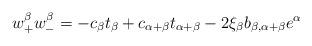
LaTeX: \begin{align*}w^\beta_+ w^\beta_- = -c_\beta t_\beta + c_{\alpha+\beta} t_{\alpha+\beta} -2 \xi_\beta b_{\beta, \alpha+\beta} e^\alpha\end{align*}